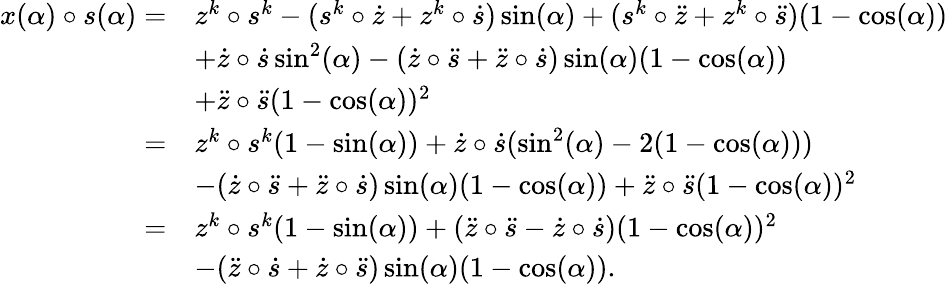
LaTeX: \begin{array}{rl}{x(\alpha)\circ s(\alpha)=}&{z^{k}\circ s^{k}-(s^{k}\circ\dot{z}+z^{k}\circ\dot{s})\sin(\alpha)+(s^{k}\circ\ddot{z}+z^{k}\circ\ddot{s})(1-\cos(\alpha))}\\ &{+\dot{z}\circ\dot{s}\sin^{2}(\alpha)-(\dot{z}\circ\ddot{s}+\ddot{z}\circ\dot{s})\sin(\alpha)(1-\cos(\alpha))}\\ &{+\ddot{z}\circ\ddot{s}(1-\cos(\alpha))^{2}}\\ {=}&{z^{k}\circ s^{k}(1-\sin(\alpha))+\dot{z}\circ\dot{s}(\sin^{2}(\alpha)-2(1-\cos(\alpha)))}\\ &{-(\dot{z}\circ\ddot{s}+\ddot{z}\circ\dot{s})\sin(\alpha)(1-\cos(\alpha))+\ddot{z}\circ\ddot{s}(1-\cos(\alpha))^{2}}\\ {=}&{z^{k}\circ s^{k}(1-\sin(\alpha))+(\ddot{z}\circ\ddot{s}-\dot{z}\circ\dot{s})(1-\cos(\alpha))^{2}}\\ &{-(\ddot{z}\circ\dot{s}+\dot{z}\circ\ddot{s})\sin(\alpha)(1-\cos(\alpha)).}\end{array}